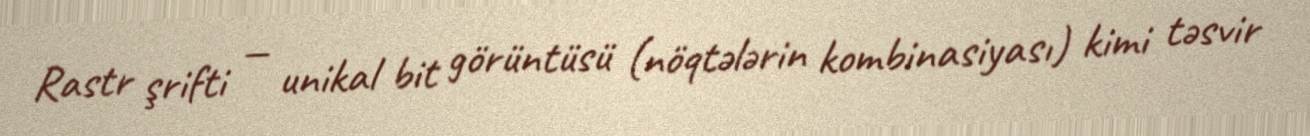
Rastr şrifti — unikal bit görüntüsü (nöqtələrin kombinasiyası) kimi təsvir